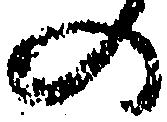
の